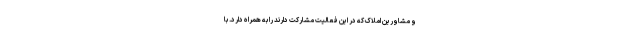
و مشاورین املاک که در این فعالیت مشارکت دارند را به همراه دارد. با